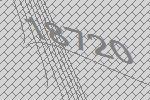
18720